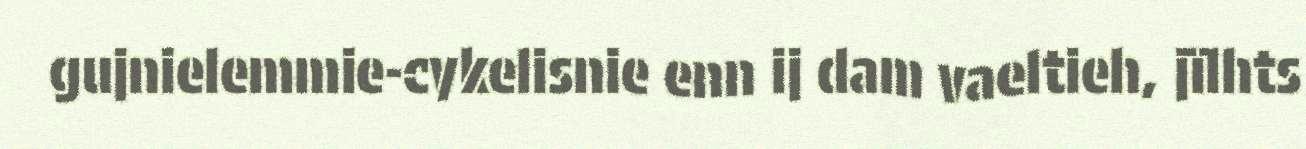
gujnielemmie-cykelisnie enn ij dam vaeltieh, jïlhts